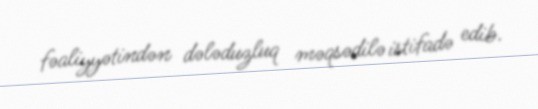
fəaliyyətindən dələduzluq məqsədilə istifadə edib.